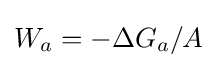
W_{a}=-\Delta G_{a}/A